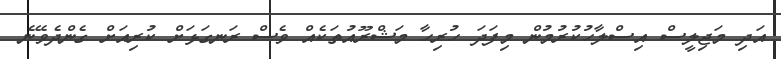
އަދި މަޖިލީސް އިސްލާހުކުރުމުން މިފަދަ ހުރިހާ މަޝްރޫއުތަކެއް ވެސް ރަނގަޅަށް ކުރިއަށް ގެންދެވޭނެ